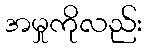
အမှုကိုလည်း